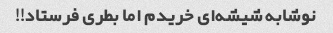
نوشابه شیشه‌ای خریدم اما بطری فرستاد!!